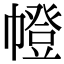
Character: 㡠